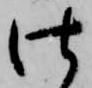
仕